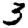
Digit: 3